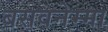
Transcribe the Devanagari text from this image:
बसवनेम्मा